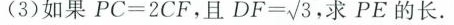
(3)如果$$P C = 2 C F$，且 $$D F = \sqrt{ 3 }$$ 求PE的长。